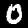
Digit: 0